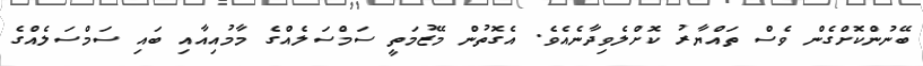
ބޭނުންކޮށްގެން ވެސް ތައްޔާރު ކޮށްލެވިދާނެއެވެ. އެގޮތުން މޭޒުމަތީ ސަމްސަލެއްގެ މާމުއިއާއި ބައި ސަމްސަލެއްގެ